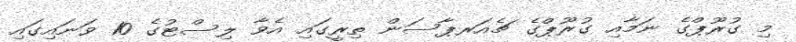
މި ގުރޫޕްގެ ނަމާއި ގުރޫޕްގެ ޗެއަރޕާސަން ތިރީގައި އެވާ ލިސްޓުގެ 10 ވަނައިގައި